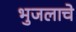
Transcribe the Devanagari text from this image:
भुजलाचे